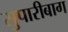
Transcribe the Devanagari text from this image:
सुपारीबाग